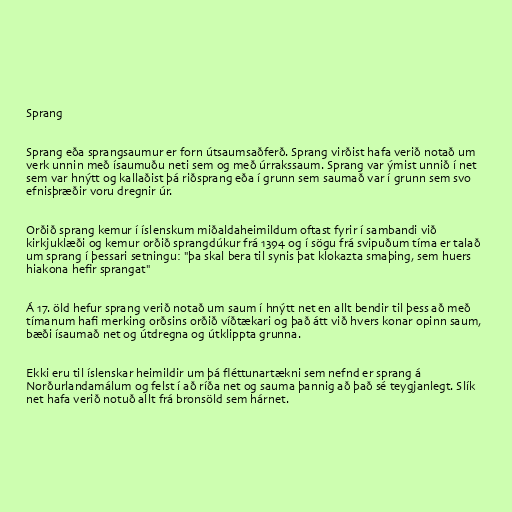
Sprang

Sprang eða sprangsaumur er forn útsaumsaðferð. Sprang virðist hafa verið notað um
verk unnin með ísaumuðu neti sem og með úrrakssaum. Sprang var ýmist unnið í net
sem var hnýtt og kallaðist þá riðsprang eða í grunn sem saumað var í grunn sem svo
efnisþræðir voru dregnir úr.

Orðið sprang kemur í íslenskum miðaldaheimildum oftast fyrir í sambandi við
kirkjuklæði og kemur orðið sprangdúkur frá 1394 og í sögu frá svipuðum tíma er talað
um sprang í þessari setningu: "þa skal bera til synis þat klokazta smaþing, sem huers
hiakona hefir sprangat"

Á 17. öld hefur sprang verið notað um saum í hnýtt net en allt bendir til þess að með
tímanum hafi merking orðsins orðið víðtækari og það átt við hvers konar opinn saum,
bæði ísaumað net og útdregna og útklippta grunna.

Ekki eru til íslenskar heimildir um þá fléttunartækni sem nefnd er sprang á
Norðurlandamálum og felst í að ríða net og sauma þannig að það sé teygjanlegt. Slík
net hafa verið notuð allt frá bronsöld sem hárnet.